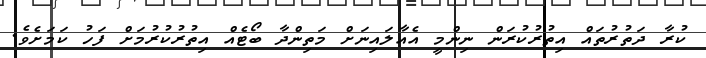
ކުރާ ދަތުރުތައް އިތުރުކުރަން ނިންމީ އެއާލައިނަށް މަތިންދާ ބޯޓެއް އިތުރުކުރުމަށް ފަހު ކަމަށެވެ.